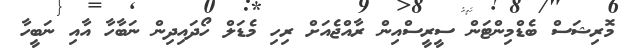
މޮރިޝަސް ބެޑްމިންޓަން ސީރީސްއިން ރާއްޖެއަށް ރިހި މެޑަލް ހޯދައިދިން ނަބާހާ އާއި ނަބީހާ